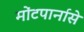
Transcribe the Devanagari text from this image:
मोंटपार्नासे